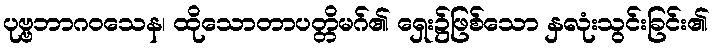
ပုဗ္ဗဘာဂဝသေန၊ ထိုသောတာပတ္တိမဂ်၏ ရှေး၌ဖြစ်သော နှလုံးသွင်းခြင်း၏